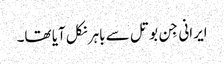
ایرانی جِن بوتل سے باہر نکل آیا تھا۔